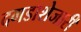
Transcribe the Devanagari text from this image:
दगडाशेजारी